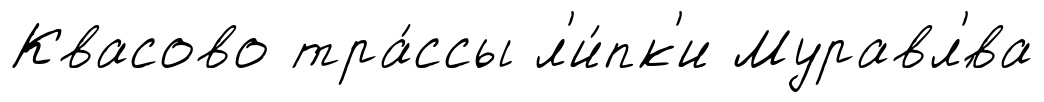
Квасово тра́ссы л'и́пк'и Муравл'́ва